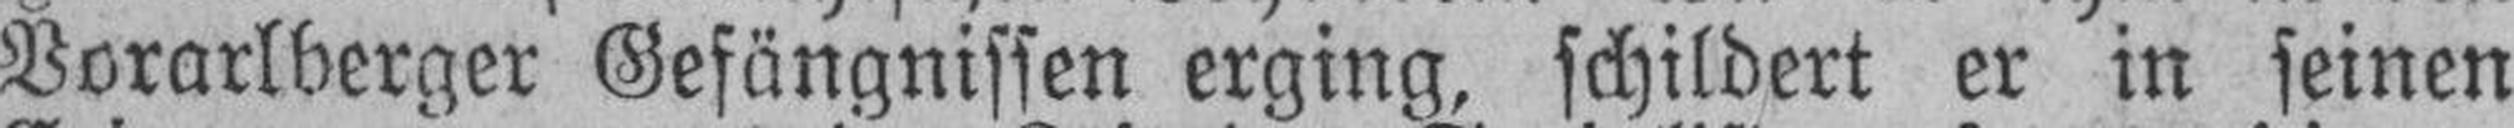
Vorarlberger Gefängnissen erging, schildert er in seinen